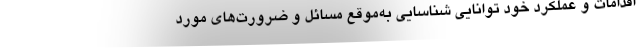
اقدامات و عملکرد خود توانایی شناسایی به‌موقع مسائل و ضرورت‌های مورد